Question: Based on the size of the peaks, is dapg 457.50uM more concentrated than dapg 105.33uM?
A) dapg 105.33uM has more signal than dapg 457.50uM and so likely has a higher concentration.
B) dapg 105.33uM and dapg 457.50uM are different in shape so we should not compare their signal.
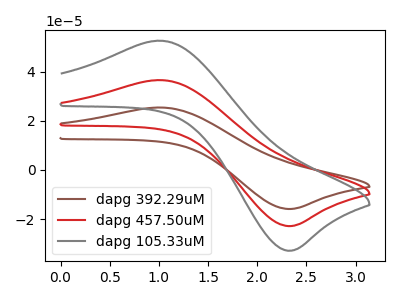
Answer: <think>The brown curve "dapg 392.29uM" has an anodic peak at (1.00V, 73.25uA) and a cathodic peak at (2.35V, -45.70uA). The red curve "dapg 457.50uM" has an anodic peak at (1.00V, 36.60uA) and a cathodic peak at (2.35V, -22.85uA). The gray curve "dapg 105.33uM" has an anodic peak at (1.00V, 52.70uA) and a cathodic peak at (2.35V, -32.90uA).
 All the peaks in "dapg 105.33uM" have a peak in "dapg 457.50uM" at the same potential. Every peak in "dapg 105.33uM" is higher than every peak in "dapg 457.50uM".</think>
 <answer>A) "dapg 105.33uM" has more signal than "dapg 457.50uM" and so likely has a higher concentration.</answer>
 <eval>A</eval>